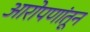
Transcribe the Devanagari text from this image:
आरोपणांतून